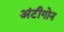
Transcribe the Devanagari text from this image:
अंटीगोन